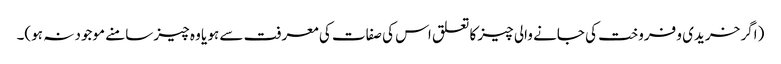
(اگر خریدی و فروخت کی جانے والی چیز کا تعلق اس کی صفات کی معرفت سے ہو یا وہ چیز سامنے موجود نہ ہو)۔